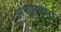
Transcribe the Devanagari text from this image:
अंशुमनला